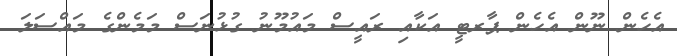
އެހެން ނޫން އެހެން ޕާރޓީ އަކާއި ރައީސް މައުމޫނު ގުޅުނަސް މަމެންގެ މައްސަލަ